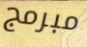
مبرمج